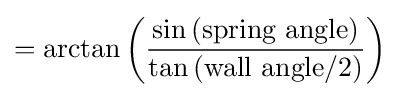
=\arctan \left({\frac {\sin {({\text{spring angle}})}}{\tan {({\text{wall angle}}/2)}}}\right)